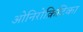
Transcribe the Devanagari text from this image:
ओनिरोक्रिटिका